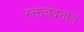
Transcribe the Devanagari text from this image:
रक्तचंदनात